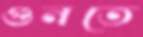
গুনতে